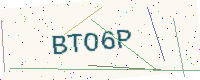
Text: BTO6P